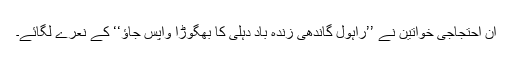
ان احتجاجی خواتین نے ’’راہول گاندھی زندہ باد دہلی کا بھگوڑا واپس جاؤ‘‘ کے نعرے لگائے۔